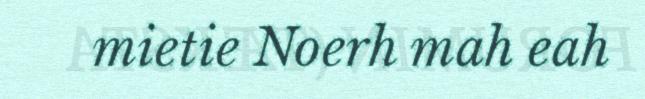
mietie Noerh mah eah